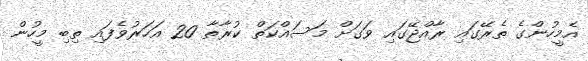
އެމީހުންގެ ތެރޭގައި ރާއްޖޭގައި ވަގަށް މަސައްކަތް ކުރާތާ 20 އަހަރުވެފައި ތިބި މީހުން